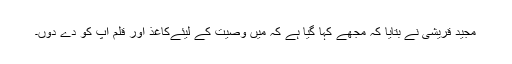
مجید قریشی نے بتایا کہ مجھے کہا گیا ہے کہ میں وصیت کے لیئےکاغذ اور قلم آپ کو دے دوں۔